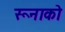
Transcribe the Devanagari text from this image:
रूनाको